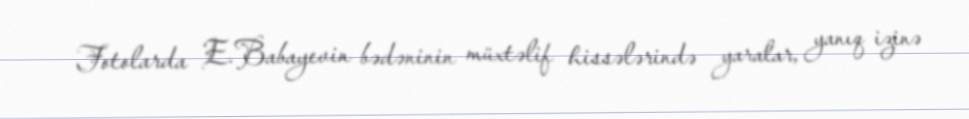
Fotolarda E.Babayevin bədəninin müxtəlif hissələrində yaralar, yanıq izinə